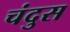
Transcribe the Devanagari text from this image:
चंदुस